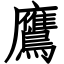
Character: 鷹